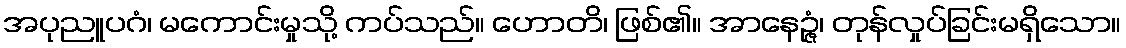
အပုညူပဂံ၊ မကောင်းမှုသို့ ကပ်သည်။ ဟောတိ၊ ဖြစ်၏။ အာနေဉ္ဇံ၊ တုန်လှုပ်ခြင်းမရှိသော။